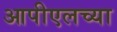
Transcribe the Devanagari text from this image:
आपीएलच्या